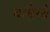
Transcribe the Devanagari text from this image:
वामेग्ये